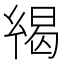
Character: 𢇋